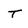
Character: T